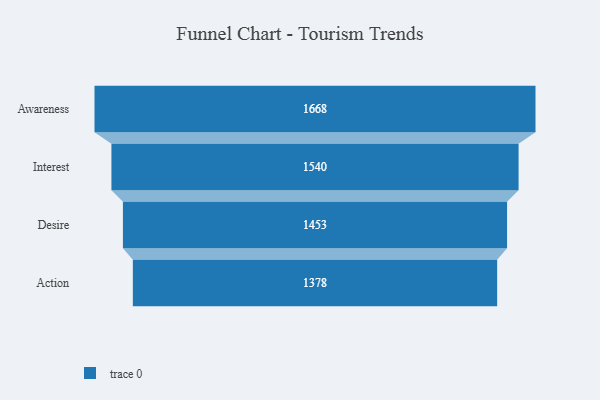
{"axis": {"x": "Stage", "y": "Value"}, "legend": [""], "data": [{"x": "Awareness", "y": 1668.0, "type": ""}, {"x": "Interest", "y": 1540.0, "type": ""}, {"x": "Desire", "y": 1453.0, "type": ""}, {"x": "Action", "y": 1378.0, "type": ""}]}